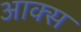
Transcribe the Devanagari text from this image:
आक्स